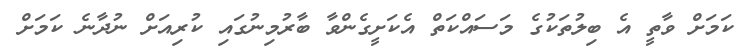
ކަމަށް ވާތީ އެ ބިލުތަކުގެ މަސައްކަތް އެކަށީގެންވާ ބާރުމިނުގައި ކުރިއަށް ނުދާނެ ކަމަށް